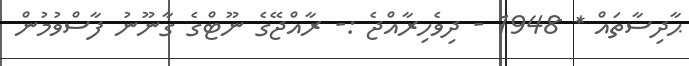
ޙާދިސާތައް * 1948 - ދިވެހިރާއްޖެ :- ރާއްޖޭގެ ނޫޓްގެ ގާނޫނު ފާސްވުމުން